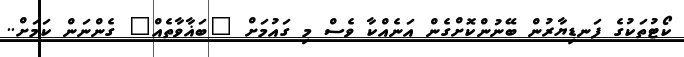
ކޯޓުތަކުގެ ފަނޑިޔާރުން ބޭނުންކޮށްގެން އަނެއްކާ ވެސް މި ގައުމަށް "ބަޣާވާތެއް" ގެންނަން ކަމަށް..